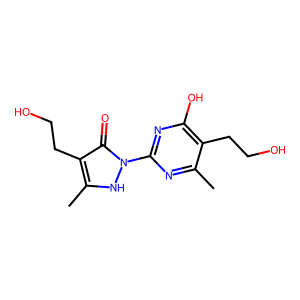
SMILES: Cc1nc(-n2[nH]c(C)c(CCO)c2=O)nc(O)c1CCO
Inhibits HIV replication: No